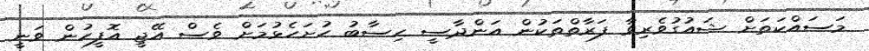
މަސައްކަތަށް ޝައުގުވެރިވާ ފަރާތްތަކުން އަންދާސީ ހިސާބު ހުށަހެޅުމަށް ވެސް އޭޖީ އޮފީހުން ވަނީ